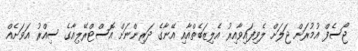
ޖޯސެފް އުމުރަށް ޖަލަށް ލެވިފައިވާއިރު އެލިޒަބެތްއާއި އޭނާގެ ދަރިންނަށް އޮސްޓްރޭލިއާގެ ސިއްރު އަވަށެއް